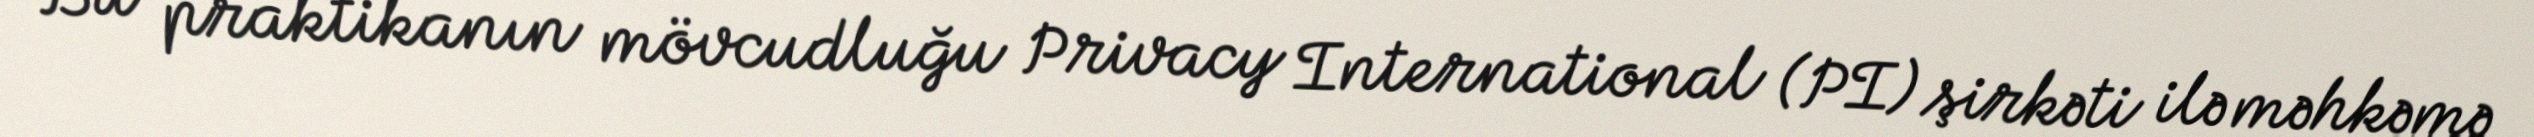
Bu praktikanın mövcudluğu Privacy International (PI) şirkəti ilə məhkəmə